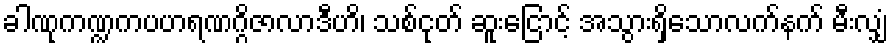
ခါဏုကဏ္ဍကပဟရဏဂ္ဂိဇာလာဒီဟိ၊ သစ်ငုတ် ဆူးငြောင့် အသွားရှိသောလက်နက် မီးလျှံ